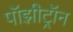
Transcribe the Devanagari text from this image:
पॉझीट्रॉन